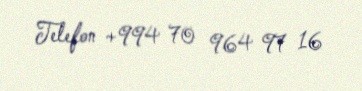
Telefon +994 70 964 97 16